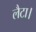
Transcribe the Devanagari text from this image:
लैटा।